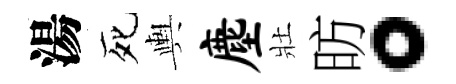
湯死輿麈壯昉。